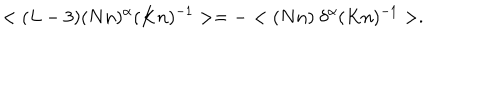
< ( L - 3 ) ( N n ) ^ { \alpha } ( K n ) ^ { - 1 } > = - < ( N n ) \ \delta ^ { \alpha } ( K n ) ^ { - 1 } > .